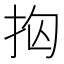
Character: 𭠝